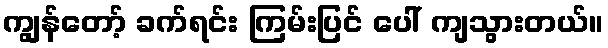
ကျွန်တော့် ခက်ရင်း ကြမ်းပြင် ပေါ် ကျသွားတယ်။